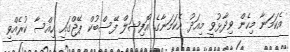
އެކަމަނާ މިހެން ވިދާޅުވީ މިއަދު އެކަމަނާގެ އޮފިޝަލް ފޭސްބުކް ޕޭޖްގައި ހިއްސާ ކުރެއްވި